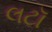
લટૉ